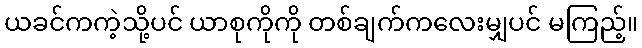
ယခင်ကကဲ့သို့ပင် ယာစုကိုကို တစ်ချက်ကလေးမျှပင် မကြည့်။